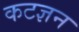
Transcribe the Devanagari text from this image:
कटज्ञन